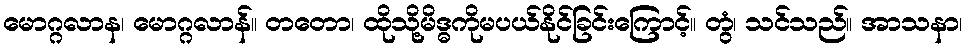
မောဂ္ဂလာန၊ မောဂ္ဂလာန်။ တတော၊ ထိုသို့မိဒ္ဓကိုမပယ်နိုင်ခြင်းကြောင့်။ တွံ၊ သင်သည်။ အာသနာ၊